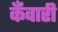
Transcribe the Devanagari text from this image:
कँवारी